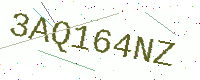
Text: 3AQ164NZ